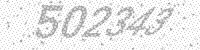
Solution: 502343